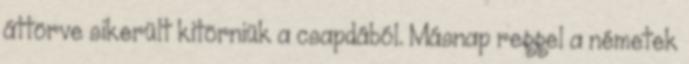
áttörve sikerült kitörniük a csapdából. Másnap reggel a németek